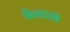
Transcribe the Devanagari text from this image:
फ्रेंचाशी